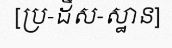
[ប្រ-ដឹស-ស្ឋាន]